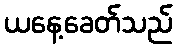
ယနေ့ခေတ်သည်